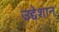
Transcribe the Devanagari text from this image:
उद्देशान